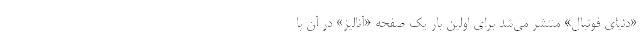
«دنیای فوتبال» منتشر می‌شد برای اولین بار یک صفحه «آنالیز» در آن پا